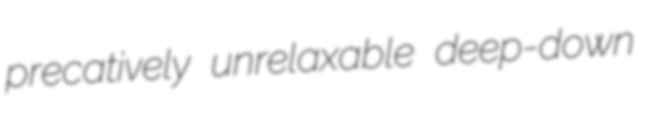
precatively unrelaxable deep-down